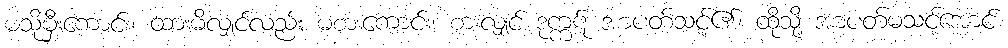
မသိုမှီးကောင်း၊ ထားမိလျှင်လည်း မစားကောင်း၊ စားလျှင် ဒုက္ကဋ် အာပတ်သင့်၏၊ ထိုသို့ အာပတ်မသင့်အောင်